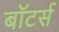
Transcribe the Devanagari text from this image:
बॉटर्स